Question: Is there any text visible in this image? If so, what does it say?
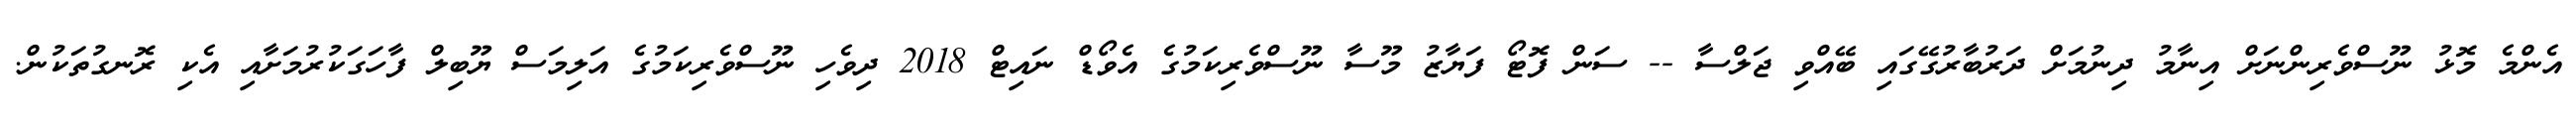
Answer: އެންމެ މޮޅު ނޫސްވެރިންނަށް އިނާމު ދިނުމަށް ދަރުބާރުގޭގައި ބޭއްވި ޖަލްސާ -- ސަން ފޮޓޯ ފަޔާޒު މޫސާ ނޫސްވެރިކަމުގެ އެވޯޑް ނައިޓް 2018 ދިވެހި ނޫސްވެރިކަމުގެ އަލިމަސް ޔޫބިލް ފާހަގަކުރުމަށާއި އެކި ރޮނގުތަކުން.